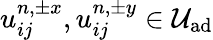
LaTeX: u_{ij}^{n,\pm x},u_{ij}^{n,\pm y}\in\mathcal{U}_{\textrm{ad}}